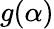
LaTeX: g(\alpha)